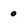
Character: o